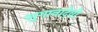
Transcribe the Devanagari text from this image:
सुगानादेवी